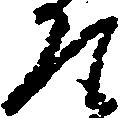
そ